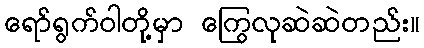
ရော်ရွက်ဝါတို့မှာ ကြွေလုဆဲဆဲတည်း။